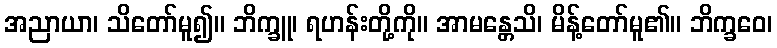
အညာယာ၊ သိတော်မူ၍။ ဘိက္ခူ၊ ရဟန်းတို့ကို။ အာမန္တေသိ၊ မိန့်တော်မူ၏။ ဘိက္ခဝေ၊